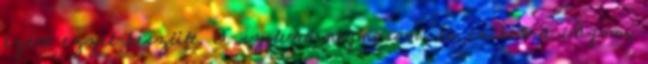
ezért ezzel készült. A szilvát megmosom, és csíkokra vágom,